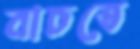
বাচতে